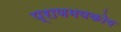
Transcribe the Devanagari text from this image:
प्राणमयकोष